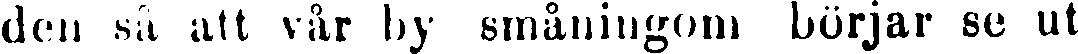
den så att vår by småningom börjar se ut